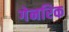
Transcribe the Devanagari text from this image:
गेनरिक